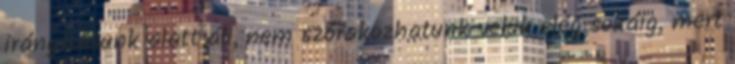
irányításunk alatt áll, nem szórakozhatunk velük elég sokáig, mert